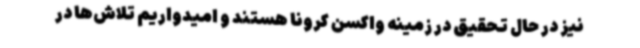
نیز در حال تحقیق در زمینه واکسن کرونا هستند و امیدواریم تلاش‌ها در